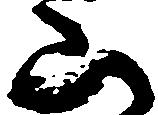
山